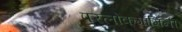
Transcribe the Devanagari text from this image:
परलोकगामिनी